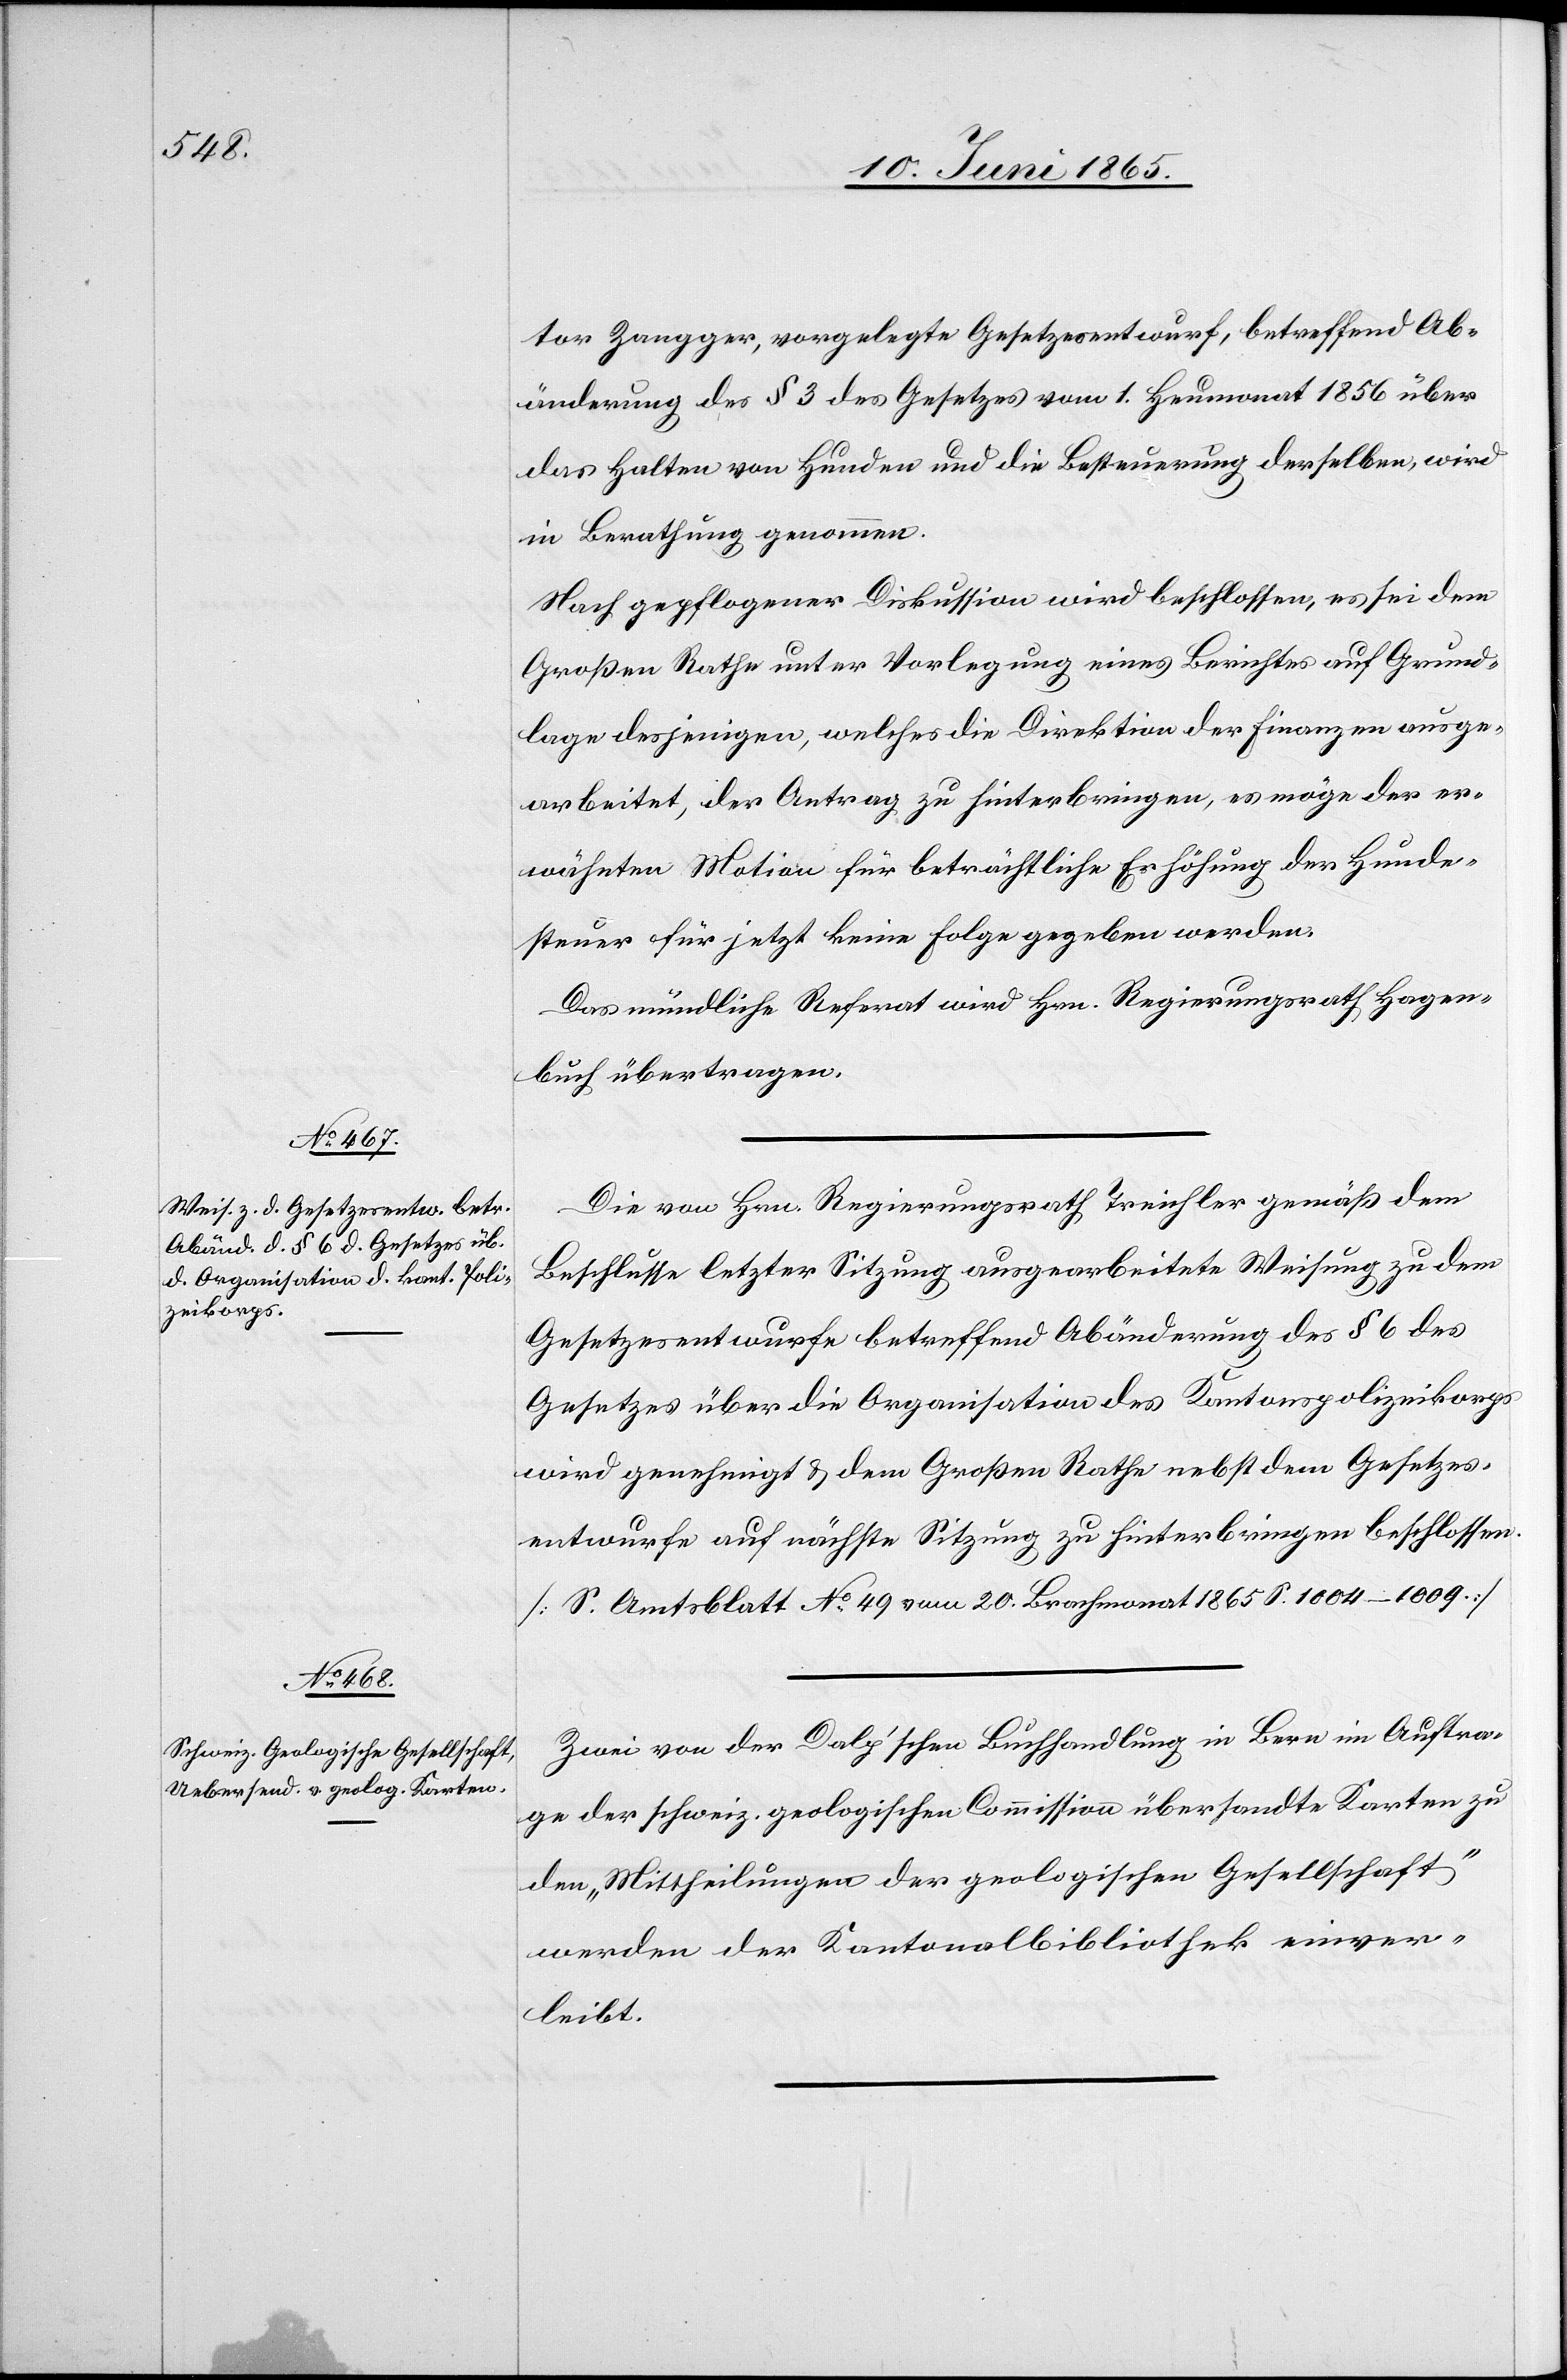
tor Zangger, vorgelegte Gesetzesentwurf, betreffend Ab¬
änderung des § 3 des Gesetzes vom 1. Heumonat 1856 über
das Halten von Hunden und die Besteuerung derselben, wird
in Berathung genommen.
Nach gepflogener Diskussion wird beschlossen, es sei dem
Großen Rathe unter Vorlegung eines Berichtes auf Grund¬
lage desjenigen, welches die Direktion der Finanzen ausge¬
arbeitet, der Antrag zu hinterbringen, es möge der er¬
wähnten Motion für beträchtliche Erhöhung der Hunde¬
steuer für jetzt keine Folge gegeben werden.
Das mündliche Referat wird Hrn. Regierungsrath Hagen¬
buch übertragen.
Die von Hrn. Regierungsrath Treichler gemäß dem
Beschlusse letzter Sitzung ausgearbeitete Weisung zu dem
Gesetzesentwurfe betreffend Abänderung des § 6 des
Gesetzes über die Organisation des Kantonspolizeikorps
wird genehmigt & dem Großen Rathe nebst dem Gesetzes¬
entwurfe auf nächste Sitzung zu hinterbringen beschlossen.
[S. Amtsblatt No 49 vom 20. Brachmonat 1865. 1004–1009.]
Zwei von der Dalp’schen Buchhandlung in Bern im Auftra¬
ge der schweiz. geologischen Commission übersandte Karten zu
den „Mittheilungen der geologischen Gesellschaft“
werden der Kantonalbibliothek einver¬
leibt.